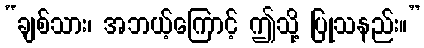
“ချစ်သား၊ အဘယ့်ကြောင့် ဤသို့ ပြုသနည်း။”